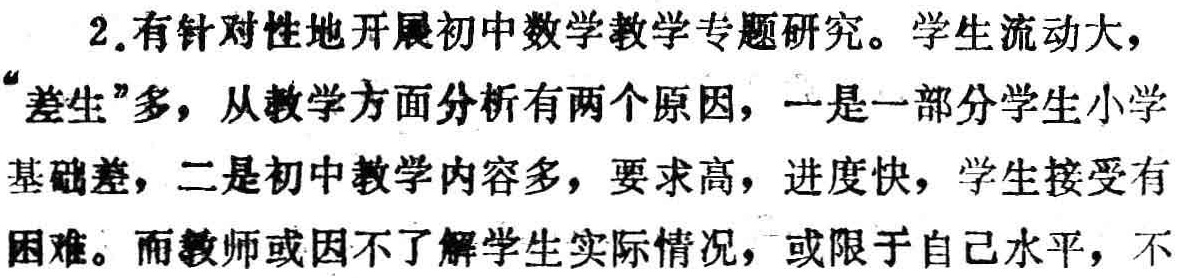
2.有针对性地开展初中数学教学专题研究。学生流动大，“差生”多，从教学方面分析有两个原因，一是一部分学生小学基础差，二是初中教学内容多，要求高，进度快，学生接受有困难。而教师或因不了解学生实际情况，或限于自己水平，不